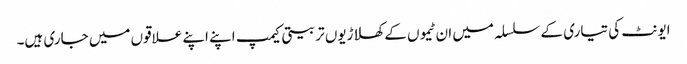
ایونٹ کی تیاری کے سلسلہ میں ان ٹیموں کے کھلاڑیوں تربیتی کیمپ اپنے اپنے علاقوں میں جاری ہیں۔